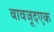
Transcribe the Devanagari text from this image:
बावजूदएक